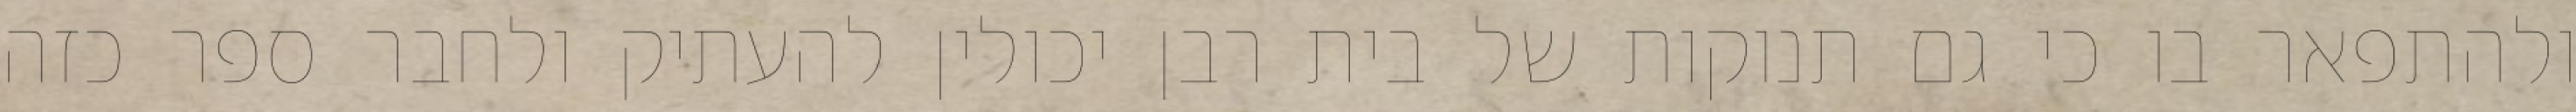
ולהתפאר בו כי גם תנוקות של בית רבן יכולין להעתיק ולחבר ספר כזה